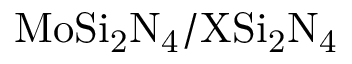
\mathrm { M o S i _ { 2 } N _ { 4 } / X S i _ { 2 } N _ { 4 } }